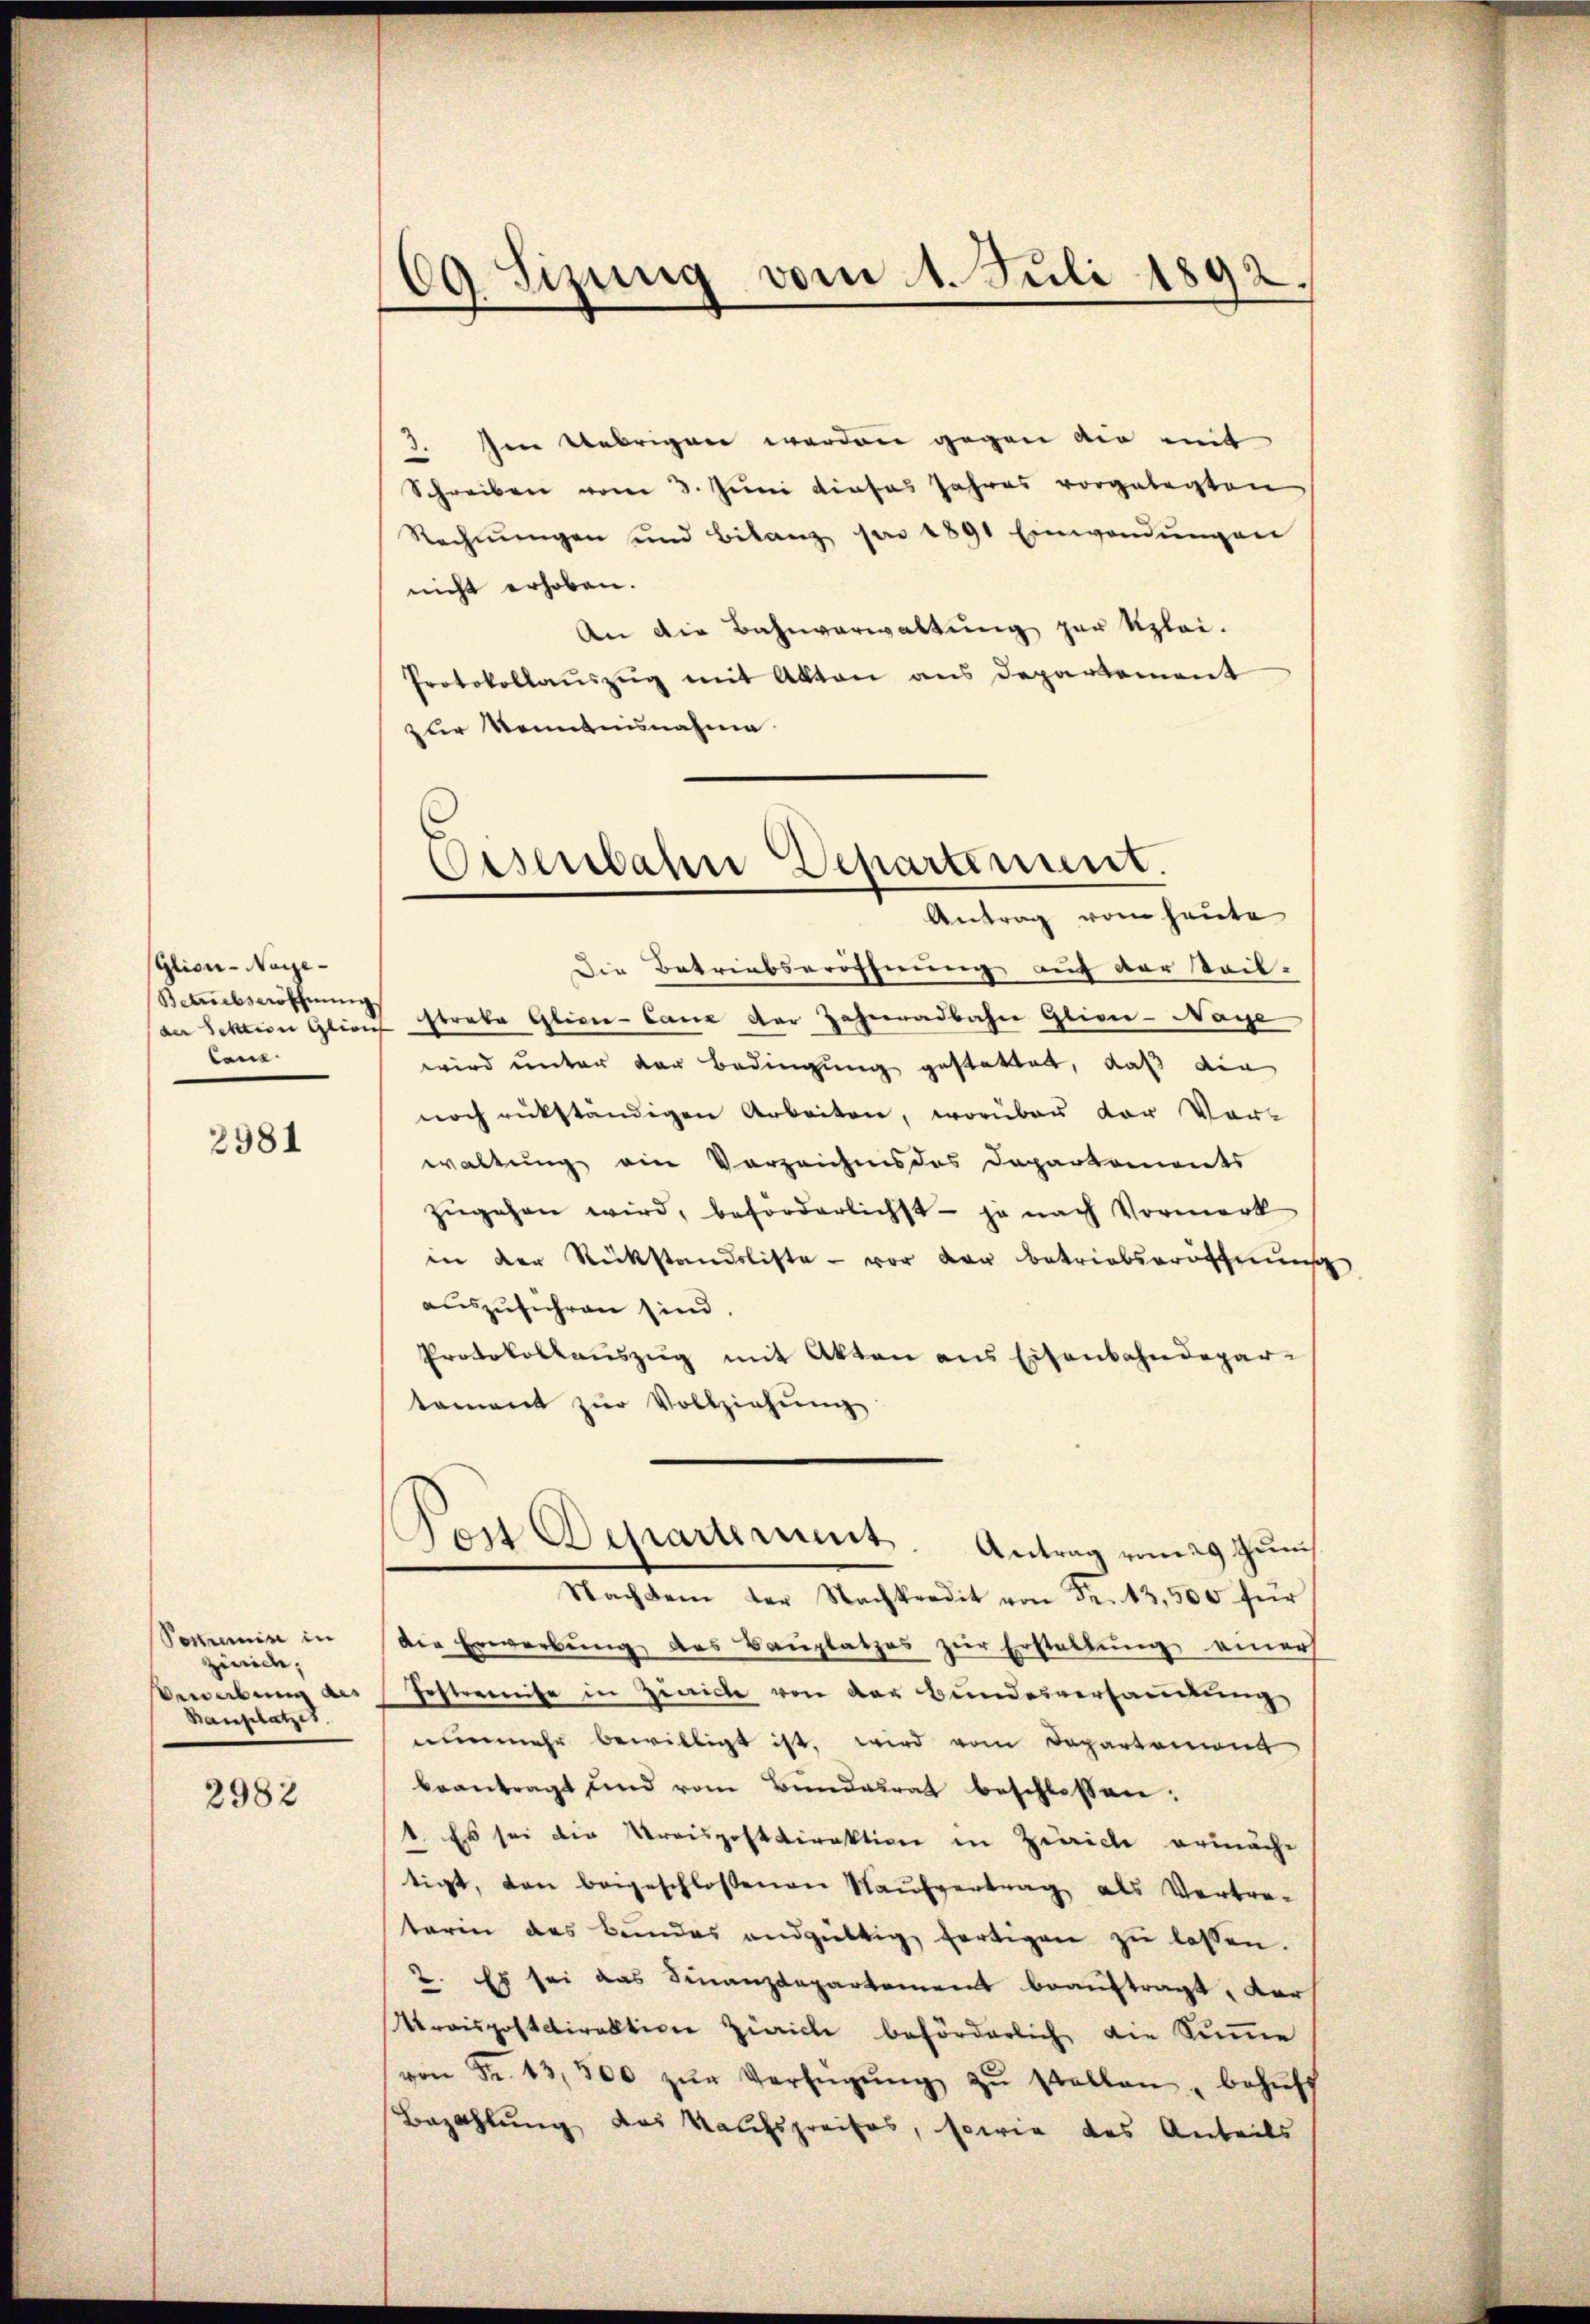
Glioi-Nage-
Betriebseröffnung
der Sektion Gleich
lane

2981

Postremise in
zünide,
ewerbung als
Bauplatzes,

2982

69 Sizung vom 1. Juli 1892.

Oesenbahne Departement.
Antrag vom heute

. Im Uebrigen werden gegen die mit
Schreiben vom 3. Juni dieses Jahres vorgelegten
Rechnungen und Bilanz pro 1891 Einwendungen
nicht erhoben.
An die Bahnverwaltung zur Klei-
Protokollauszug mit Akten aus Departement
zur Kenntnisnahme.
Die Betriebseröffnung auf der Sail-
strate Glicne-Canz der Zahnradbahn Glivi-Nage
wird unter der Bedingung gestattet, daß die
noch rückständigen Arbeiten, worüber der Vorwaltung ein Vorzeichnis des Departements
zŭgehen wird, beförderlichst – ja nach Vormerk
in der Rückstandsliste - vor der betriebseröffnung
auszuführen sind.
Protokollauszug mit Akten aus Eisenbahndepar-
tament zŭr Vollziehŭng
Pen Departimmt. Antrag vom 29 Juni
Nachdem der Nachkredit von Fr. 13,500 für
Die Erwerbung des Bauplatzes zur Erstellung einer
Fostrenreise in Zürich von der Bundesverhandlung
nunmehr bewilligt ist, wird vom Departement
beantragt und vom Bundesrat beschlossen:
1. Es sei die Kreispostdirektion in Zürich ermächt
tigt, den beigeschlossenen Kaŭfvertrag als Vertre-
taren das Bundes endgültig fertigen zŭ lassen.
2. Es sei das Finanzdepartement beauftragt, der
rrispostdirektion Zürich beförderlich die Summe
von Fr. 13,300 zŭr Verfügŭng zŭ stellen, behŭff
Bezahlung des Kaufspreises, sowie das Anteils